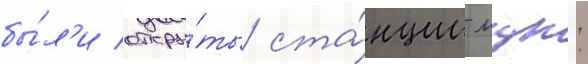
бы́л'и откры́ты ста́нции мцк: